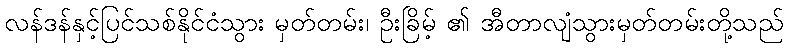
လန်ဒန်နှင့်ပြင်သစ်နိုင်ငံသွား မှတ်တမ်း၊ ဦးခြိမ့် ၏ အီတာလျံသွားမှတ်တမ်းတို့သည်